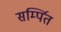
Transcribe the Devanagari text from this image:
सर्म्पित